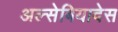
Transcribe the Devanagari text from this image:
अल्सेबियादेस